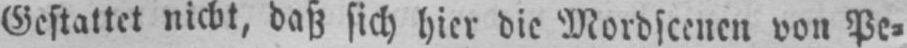
Gestattet nicht, daß sich hier die Mordscenen von Pe⸗